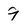
Character: 9